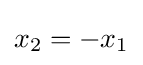
x_{2}=-x_{1}\,\!